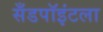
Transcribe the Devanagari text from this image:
सँडपॉइंटला